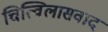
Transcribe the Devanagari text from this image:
चित्विलासवाद